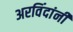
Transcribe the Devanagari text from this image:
अरविंदांनी